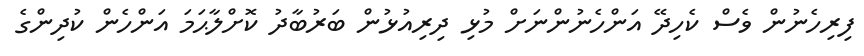
ފިރިހެނުން ވެސް ކެހިދޭ އަންހެނުންނަށް މުޅި ދިރިއުޅުން ބަރުބާދު ކޮށްލާޙަމަ އަންހެން ކުދިންގެ